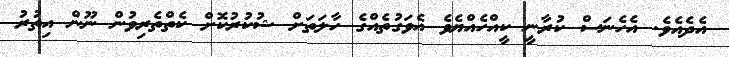
އެދެއެވެ. އެހެނަސް ކުރާނީ ކީއްހެެއްޔެވެ އެވަގުތެއްގެ ހާލަތަށް ޝުކުރުކޮށް ކެތްތެރިވުން ނޫން އިތުރު